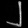
Digit: ၂